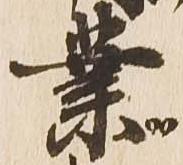
業